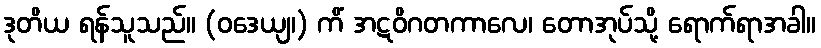
ဒုတိယ ရန်သူသည်။ (ဝဒေယျ၊) ကိံ အဋဝိဂတကာလေ၊ တောအုပ်သို့ ရောက်ရာအခါ။